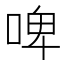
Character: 啤